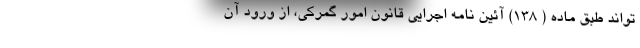
تواند طبق ماده ( ۱۳۸) آئین نامه اجرایی قانون امور گمرکی، از ورود آن